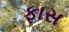
ફાસ